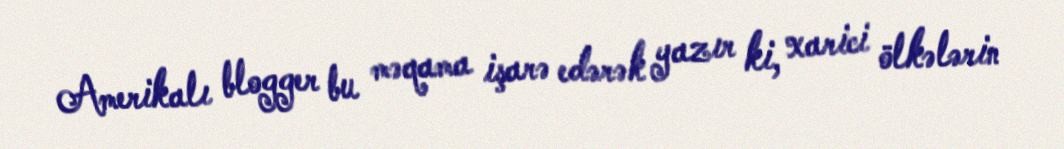
Amerikalı blogger bu məqama işarə edərək yazır ki, xarici ölkələrin